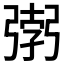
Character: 𭛂